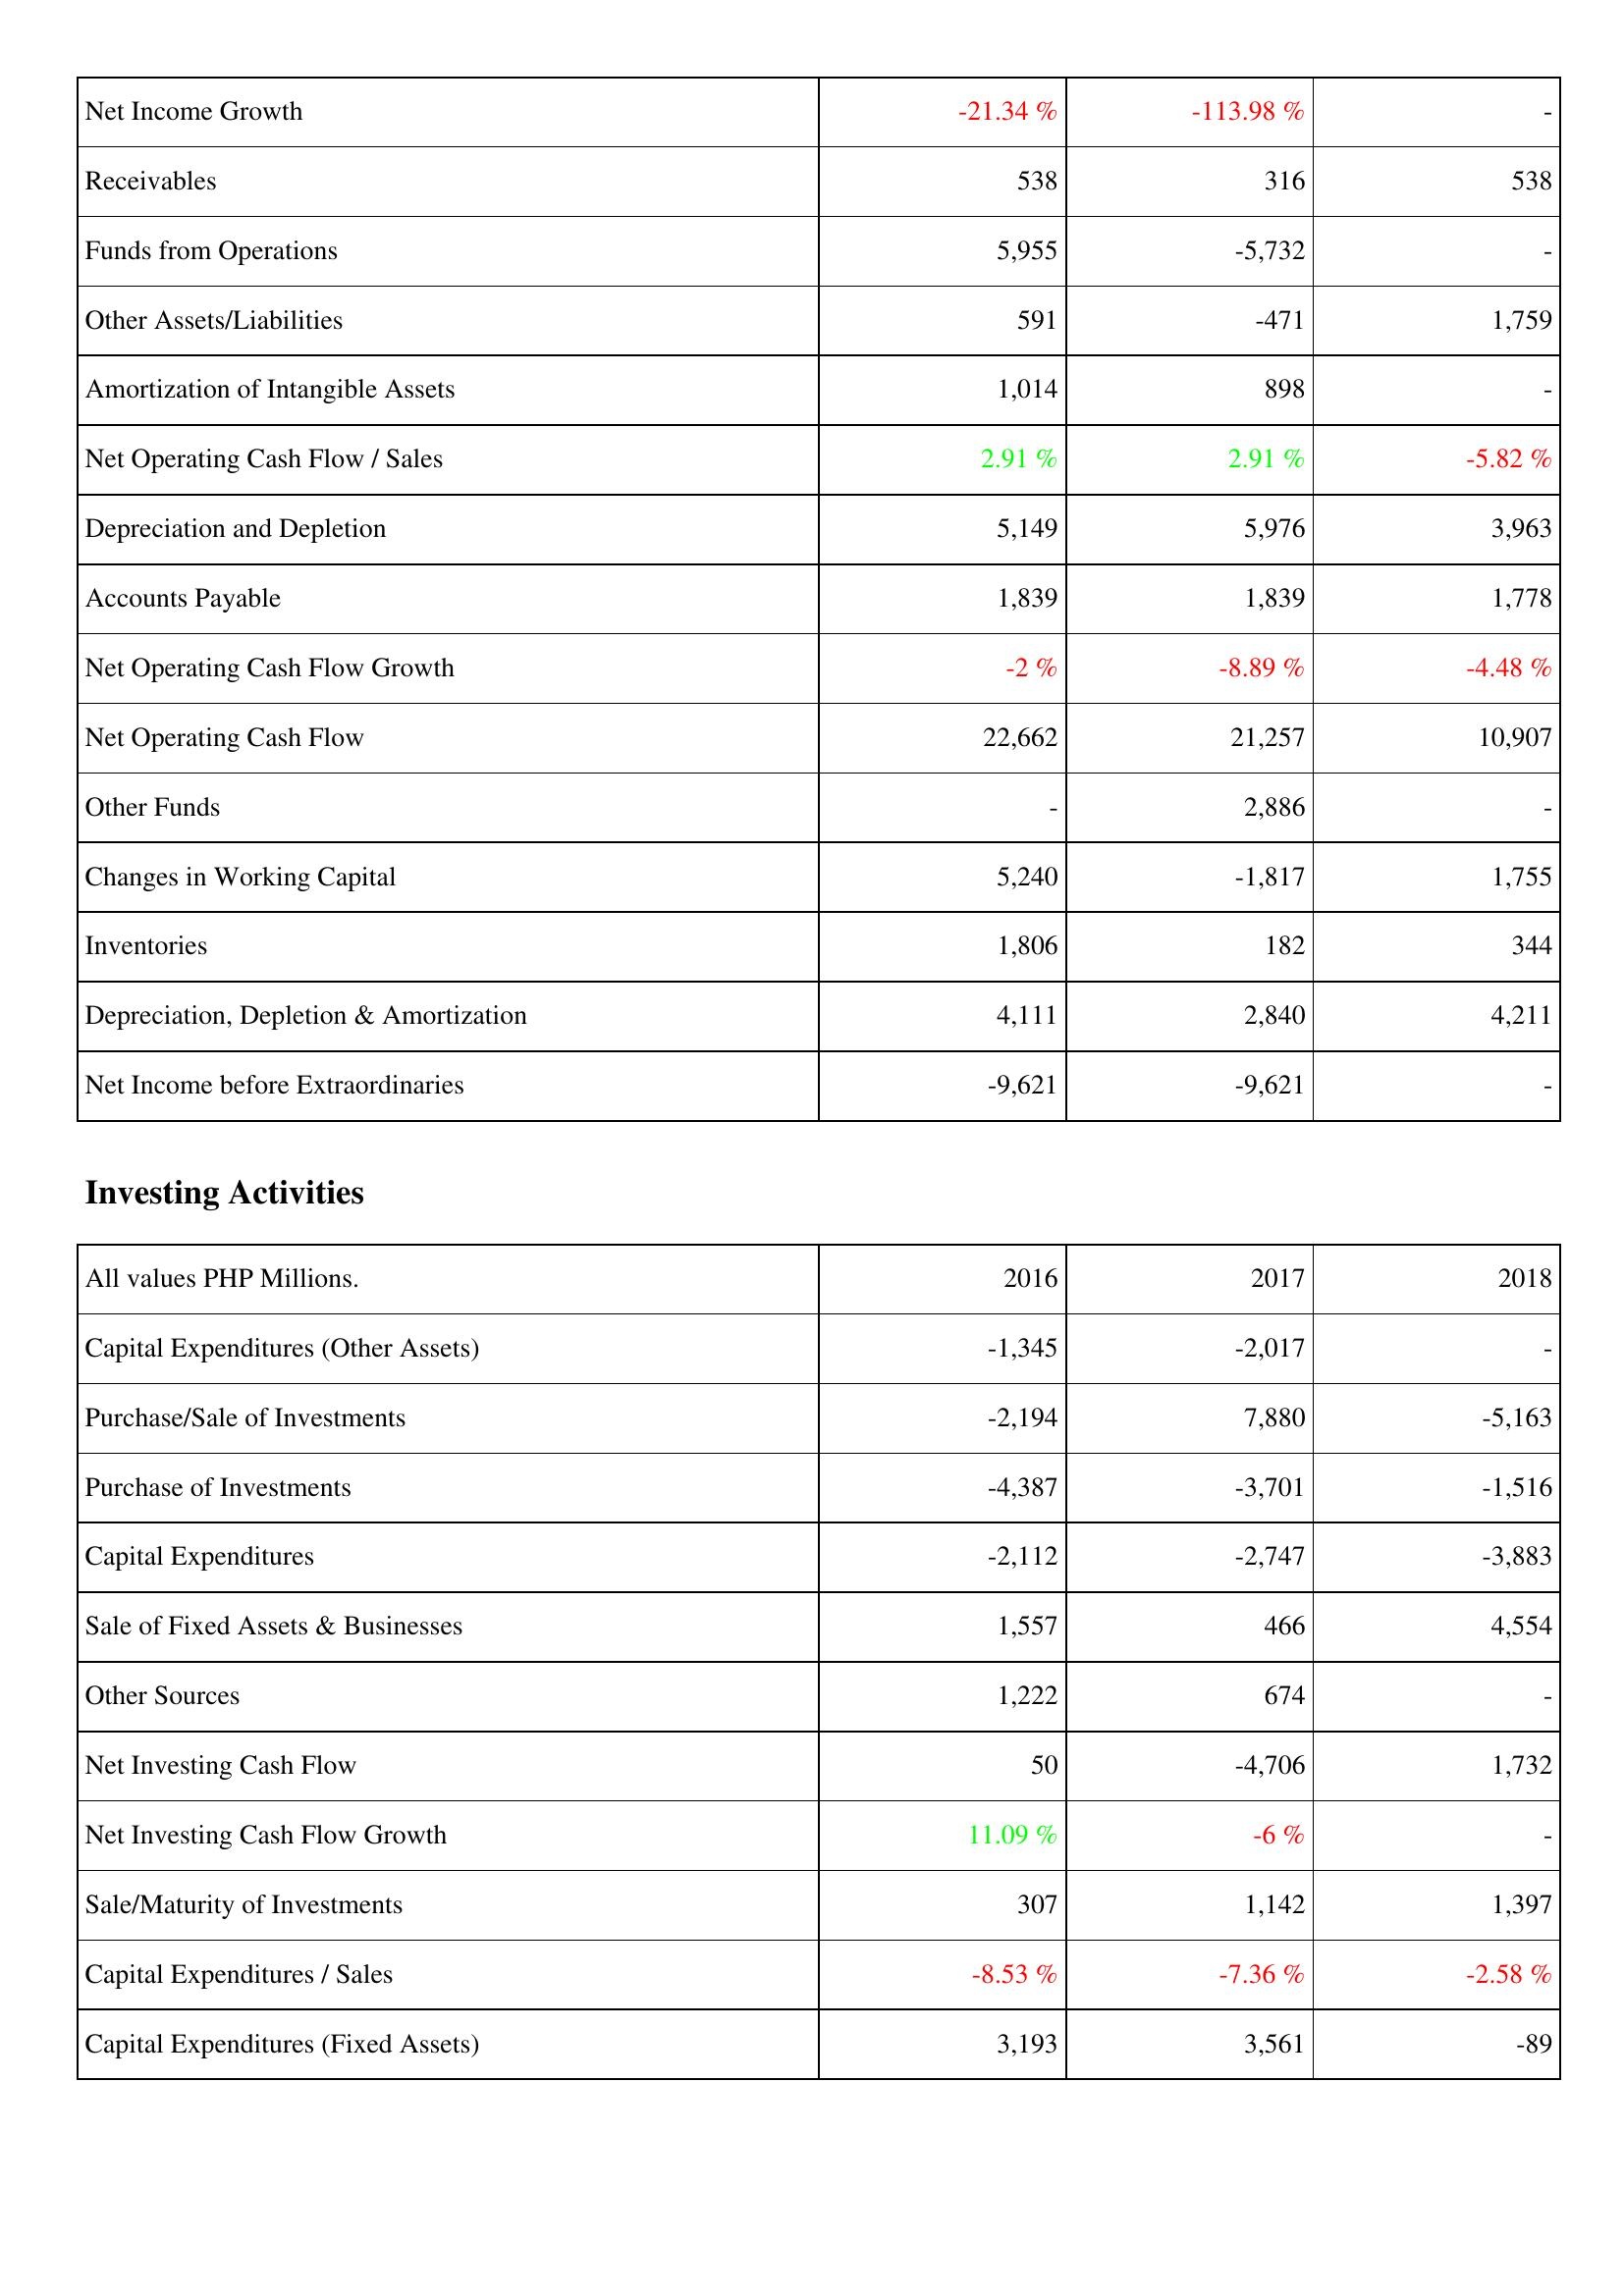
2016: Operating Activities: Net Income Growth: -21.34 %
Receivables: 538
Funds from Operations: 5,955
Other Assets/Liabilities: 591
Amortization of Intangible Assets: 1,014
Net Operating Cash Flow / Sales: 2.91 %
Depreciation and Depletion: 5,149
Accounts Payable: 1,839
Net Operating Cash Flow Growth: -2 %
Net Operating Cash Flow: 22,662
Other Funds: -
Changes in Working Capital: 5,240
Inventories: 1,806
Depreciation, Depletion & Amortization: 4,111
Net Income before Extraordinaries: -9,621
Investing Activities: Capital Expenditures (Other Assets): -1,345
Purchase/Sale of Investments: -2,194
Purchase of Investments: -4,387
Capital Expenditures: -2,112
Sale of Fixed Assets & Businesses: 1,557
Other Sources: 1,222
Net Investing Cash Flow: 50
Net Investing Cash Flow Growth: 11.09 %
Sale/Maturity of Investments: 307
Capital Expenditures / Sales: -8.53 %
Capital Expenditures (Fixed Assets): 3,193
2017: Operating Activities: Net Income Growth: -113.98 %
Receivables: 316
Funds from Operations: -5,732
Other Assets/Liabilities: -471
Amortization of Intangible Assets: 898
Net Operating Cash Flow / Sales: 2.91 %
Depreciation and Depletion: 5,976
Accounts Payable: 1,839
Net Operating Cash Flow Growth: -8.89 %
Net Operating Cash Flow: 21,257
Other Funds: 2,886
Changes in Working Capital: -1,817
Inventories: 182
Depreciation, Depletion & Amortization: 2,840
Net Income before Extraordinaries: -9,621
Investing Activities: Capital Expenditures (Other Assets): -2,017
Purchase/Sale of Investments: 7,880
Purchase of Investments: -3,701
Capital Expenditures: -2,747
Sale of Fixed Assets & Businesses: 466
Other Sources: 674
Net Investing Cash Flow: -4,706
Net Investing Cash Flow Growth: -6 %
Sale/Maturity of Investments: 1,142
Capital Expenditures / Sales: -7.36 %
Capital Expenditures (Fixed Assets): 3,561
2018: Operating Activities: Net Income Growth: -
Receivables: 538
Funds from Operations: -
Other Assets/Liabilities: 1,759
Amortization of Intangible Assets: -
Net Operating Cash Flow / Sales: -5.82 %
Depreciation and Depletion: 3,963
Accounts Payable: 1,778
Net Operating Cash Flow Growth: -4.48 %
Net Operating Cash Flow: 10,907
Other Funds: -
Changes in Working Capital: 1,755
Inventories: 344
Depreciation, Depletion & Amortization: 4,211
Net Income before Extraordinaries: -
Investing Activities: Capital Expenditures (Other Assets): -
Purchase/Sale of Investments: -5,163
Purchase of Investments: -1,516
Capital Expenditures: -3,883
Sale of Fixed Assets & Businesses: 4,554
Other Sources: -
Net Investing Cash Flow: 1,732
Net Investing Cash Flow Growth: -
Sale/Maturity of Investments: 1,397
Capital Expenditures / Sales: -2.58 %
Capital Expenditures (Fixed Assets): -89